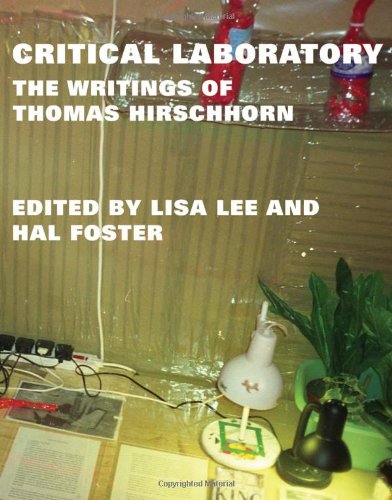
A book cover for Critical Laboratory: The Writings of Thomas Hirschhorn (October Books); Thomas Hirschhorn; Arts & Photography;